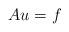
LaTeX: \begin{align*} Au = f\end{align*}